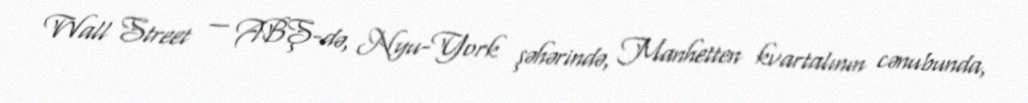
Wall Street — ABŞ-də, Nyu-York şəhərində, Manhetten kvartalının cənubunda,